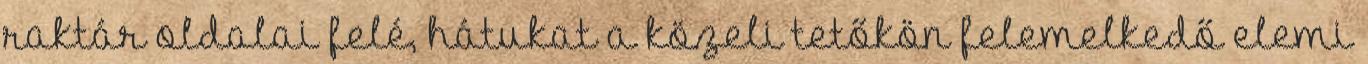
raktár oldalai felé, hátukat a közeli tetőkön felemelkedő elemi